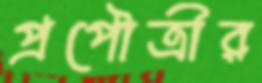
প্রপৌত্রীর